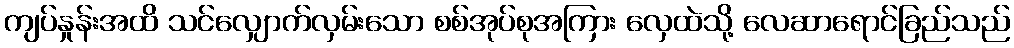
ကျပ်နှုန်းအထိ သင်လျှောက်လှမ်းသော စစ်အုပ်စုအကြား လှေထဲသို့ လေဆာရောင်ခြည်သည်